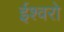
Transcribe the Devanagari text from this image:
ईश्वरो